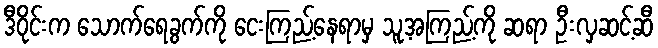
ဒီဝိုင်းက သောက်ရေခွက်ကို ငေးကြည့်နေရာမှ သူ့အကြည့်ကို ဆရာ ဦးလှဆင့်ဆီ